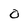
Character: 0